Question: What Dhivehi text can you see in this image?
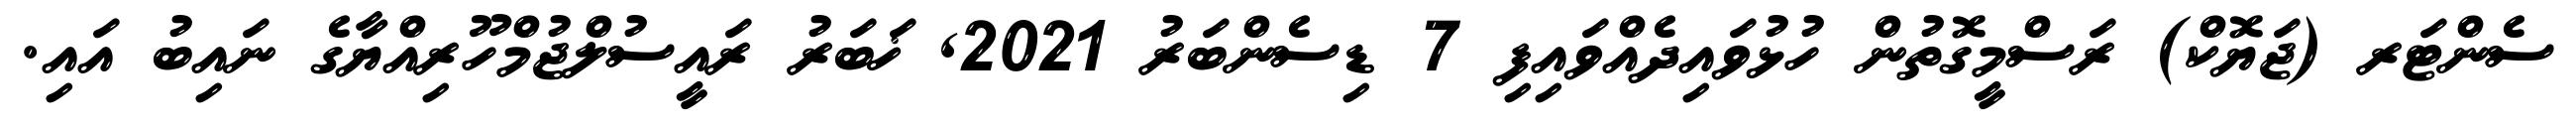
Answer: ސެންޓަރ (ޖަޔޮކް) ރަސްމީގޮތުން ހުޅުވައިދެއްވައިފި 7 ޑިސެންބަރު 2021, ޚަބަރު ރައީސުލްޖުމްހޫރިއްޔާގެ ނައިބު އައި.